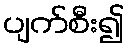
ပျက်စီး၍